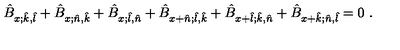
\hat { B } _ { x ; \hat { k } , \hat { l } } + \hat { B } _ { x ; \hat { n } , \hat { k } } + \hat { B } _ { x ; \hat { l } , \hat { n } } + \hat { B } _ { x + \hat { n } ; \hat { l } , \hat { k } } + \hat { B } _ { x + \hat { l } ; \hat { k } , \hat { n } } + \hat { B } _ { x + \hat { k } ; \hat { n } , \hat { l } } = 0 \ .